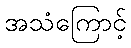
အသံကြောင့်